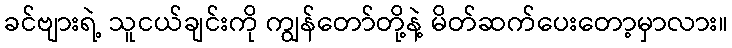
ခင်ဗျားရဲ့ သူငယ်ချင်းကို ကျွန်တော်တို့နဲ့ မိတ်ဆက်ပေးတော့မှာလား။